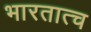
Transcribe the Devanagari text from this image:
भारतात्च